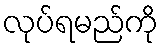
လုပ်ရမည်ကို